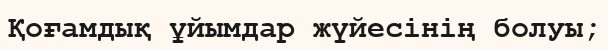
Қоғамдық ұйымдар жүйесінің болуы;